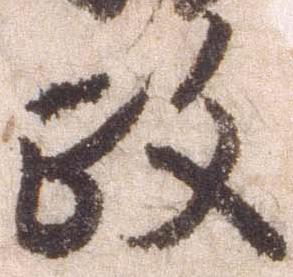
政